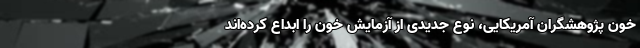
خون پژوهشگران آمریکایی، نوع جدیدی از آزمایش خون را ابداع کرده‌اند